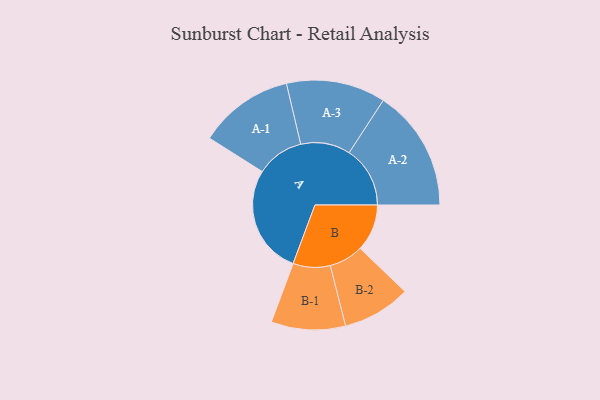
{"axis": {"x": "Segment", "y": "Value"}, "legend": ["", "A", "B"], "data": [{"x": "A", "y": 367, "type": ""}, {"x": "B", "y": 158, "type": ""}, {"x": "A-1", "y": 160, "type": "A"}, {"x": "A-2", "y": 205, "type": "A"}, {"x": "A-3", "y": 167, "type": "A"}, {"x": "B-1", "y": 125, "type": "B"}, {"x": "B-2", "y": 115, "type": "B"}]}